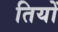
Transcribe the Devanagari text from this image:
तियों